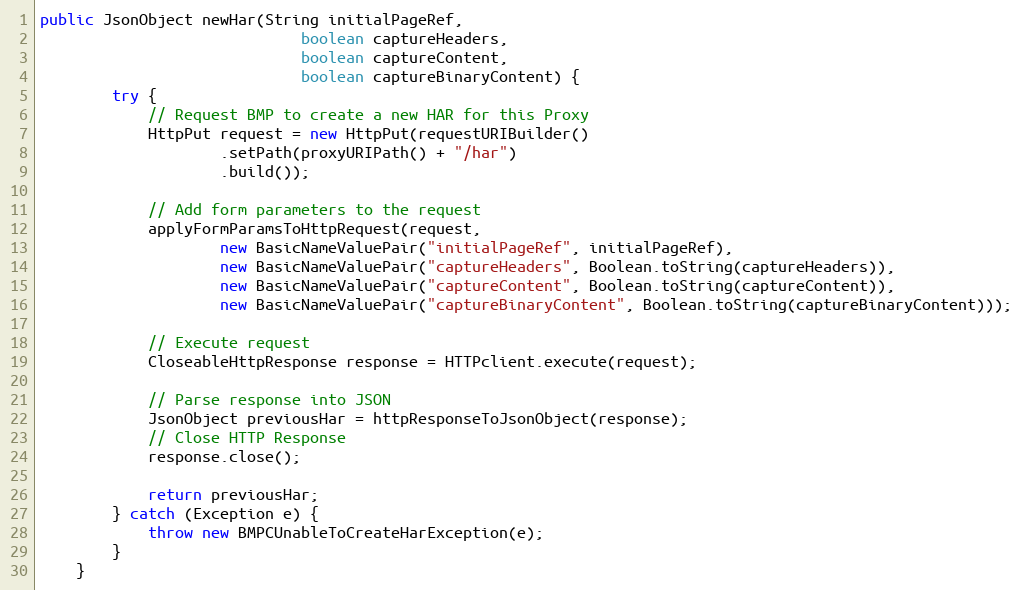
Language: Java
public JsonObject newHar(String initialPageRef,
                             boolean captureHeaders,
                             boolean captureContent,
                             boolean captureBinaryContent) {
        try {
            // Request BMP to create a new HAR for this Proxy
            HttpPut request = new HttpPut(requestURIBuilder()
                    .setPath(proxyURIPath() + "/har")
                    .build());

            // Add form parameters to the request
            applyFormParamsToHttpRequest(request,
                    new BasicNameValuePair("initialPageRef", initialPageRef),
                    new BasicNameValuePair("captureHeaders", Boolean.toString(captureHeaders)),
                    new BasicNameValuePair("captureContent", Boolean.toString(captureContent)),
                    new BasicNameValuePair("captureBinaryContent", Boolean.toString(captureBinaryContent)));

            // Execute request
            CloseableHttpResponse response = HTTPclient.execute(request);

            // Parse response into JSON
            JsonObject previousHar = httpResponseToJsonObject(response);
            // Close HTTP Response
            response.close();

            return previousHar;
        } catch (Exception e) {
            throw new BMPCUnableToCreateHarException(e);
        }
    }